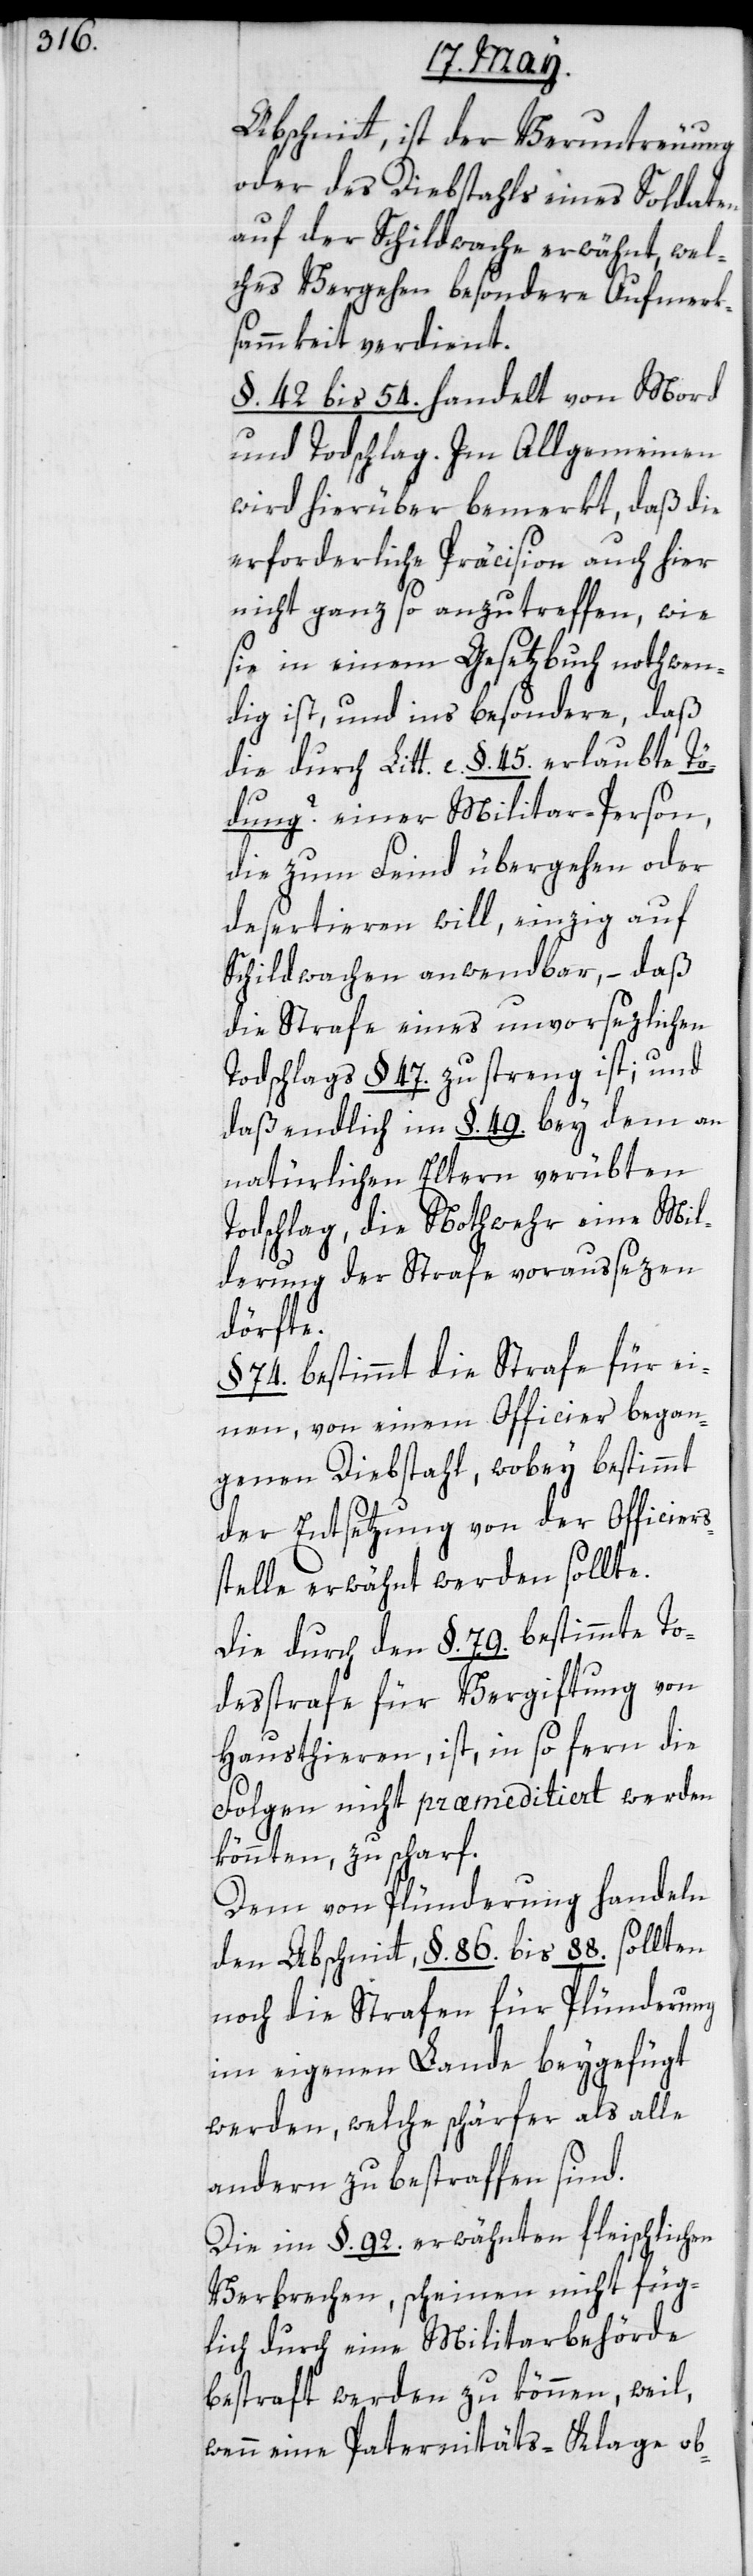
Abschnitt ist der Veruntreuung
oder des Diebstahls eines Soldaten
auf der Schildwache erwähnt, wel¬
ches Vergehen besondere Aufmerk¬
sammkeit verdient.
§. 42 bis 54. handelt von Mord
und Todschlag. Im Allgemeinen
wird hierüber bemerkt, daß die
erforderliche Präcision auch hier
nicht ganz so anzutreffen, wie
sie in einem Gesetzbuch nothwen¬
dig ist, und insbesondere, daß
die durch Litt. c. §. 45. erlaubte Tö¬
dung? einer Militar-Person,
die zum Feind übergehen oder
desertieren will, einzig auf
Schildwachen anwendbar, – daß
die Strafe eines unvorsezlichen
Todschlags §. 47. zu streng ist; und
daß endlich im §. 49. bey dem an
natürlichen Eltern verübten
Todschlag, die Nothwehr eine Mil¬
derung der Strafe voraussezen
dörfte.
§. 74. bestimmt die Strafe für ei¬
nen, von einem Officier began¬
genen Diebstahl, wobey bestimmt
der Entsetzung von der Officiers¬
stelle erwähnt werden sollte.
Die durch den §. 79. bestimmte To¬
desstrafe für Vergiftung von
Hausthieren, ist insofern die
Folgen nicht præmeditiert werden
könnten, zu scharf.
Dem von Plünderung handeln
den Abschnitt, §. 86 bis 88. sollten
noch die Strafen für Plünderung
im eigenen Lande beygefügt
werden, welche schärfer als alle
andern zu bestraffen sind.
Die im §. 92. erwähnten fleischlichen
Verbrechen, scheinen nicht füg¬
lich durch eine Militarbehörde
bestraft werden zu können, weil,
wenn eine Paternitäts-Klage ob-